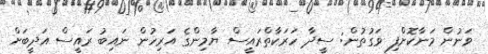
ވަނުން މަނާކޮށްފި ވަގުތުން: ސީދާ ހަރަކާތްރައީސް ޔާމިންގެ އަރިހުން ނައިބު ރައީސް އަދީބަށް